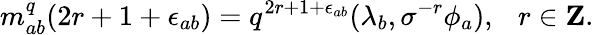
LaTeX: m_{ab}^{q}(2r+1+\epsilon_{ab})=q^{2r+1+\epsilon_{ab}}(\lambda_{b},\sigma^{-r}\phi_{a}),\ \ \ r\in{\mathbf Z}.